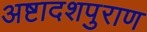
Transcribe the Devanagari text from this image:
अष्टादशपुराण